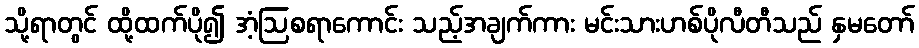
သို့ရာတွင် ထို့ထက်ပို၍ အံ့ဩစရာကောင်း သည့်အချက်ကား မင်းသားဟစ်ပိုလီတီသည် နှမတော်